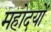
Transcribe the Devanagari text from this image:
महोदयों